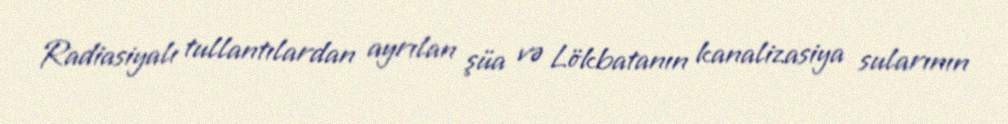
Radiasiyalı tullantılardan ayrılan şüa və Lökbatanın kanalizasiya sularının